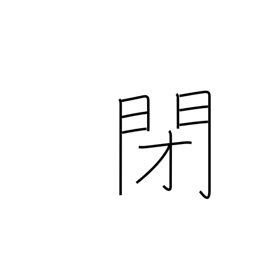
Meaning: closed